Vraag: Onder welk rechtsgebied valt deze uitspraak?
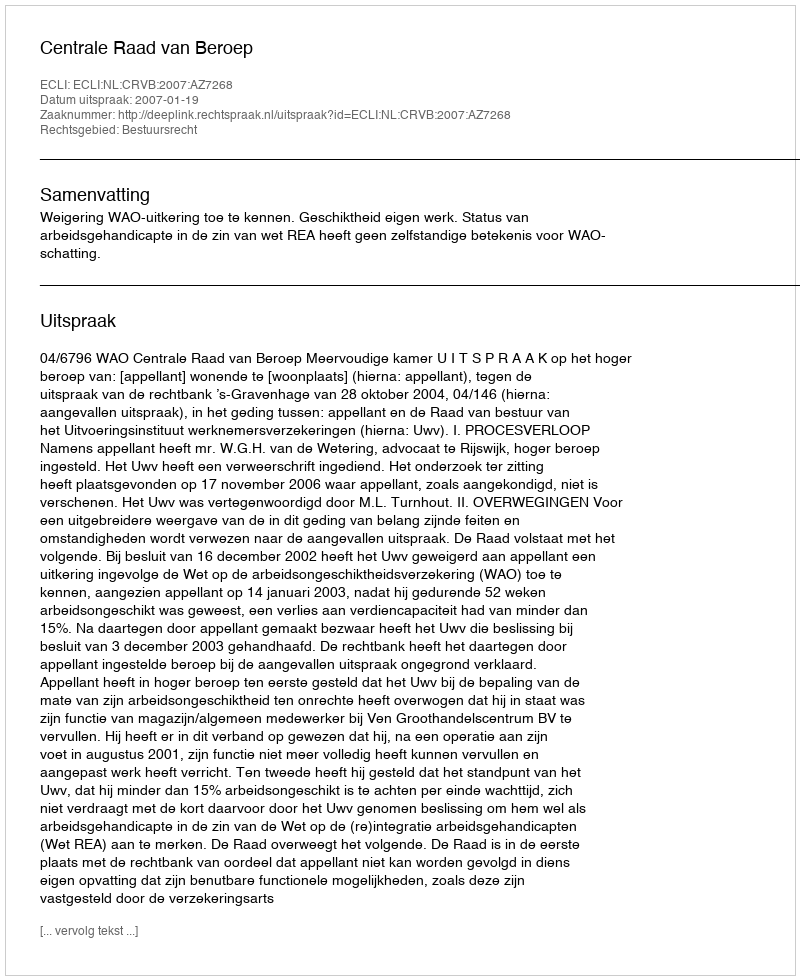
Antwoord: Bestuursrecht